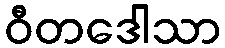
ဝီတဒေါသာ